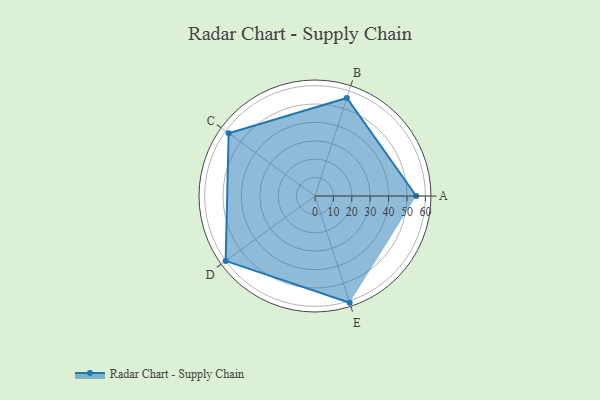
{"axis": {"x": "Skill", "y": "Score"}, "legend": ["Profile"], "data": [{"x": "A", "y": 55.0, "type": "Profile"}, {"x": "B", "y": 56.0, "type": "Profile"}, {"x": "C", "y": 58.0, "type": "Profile"}, {"x": "D", "y": 60.0, "type": "Profile"}, {"x": "E", "y": 61.0, "type": "Profile"}]}